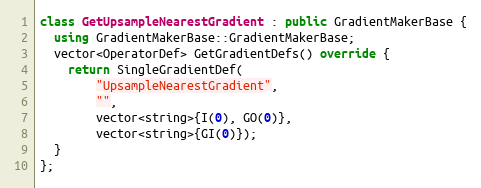
Language: C++
class GetUpsampleNearestGradient : public GradientMakerBase {
  using GradientMakerBase::GradientMakerBase;
  vector<OperatorDef> GetGradientDefs() override {
    return SingleGradientDef(
        "UpsampleNearestGradient",
        "",
        vector<string>{I(0), GO(0)},
        vector<string>{GI(0)});
  }
};